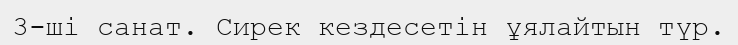
3-ші санат. Сирек кездесетін ұялайтын түр.